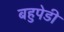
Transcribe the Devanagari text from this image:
बहुपेडी